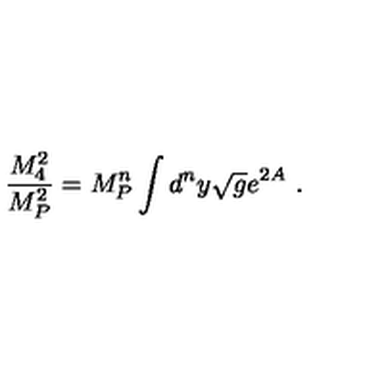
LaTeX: \frac { M _ { 4 } ^ { 2 } } { M _ { P } ^ { 2 } } = M _ { P } ^ { n } \int d ^ { n } y \sqrt { g } e ^ { 2 A } \ .